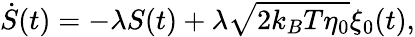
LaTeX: \dot{S}(t)=-\lambda S(t)+\lambda\sqrt{2k_{B}T\eta_{0}}\xi_{0}(t),